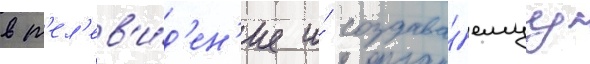
в т'ел'ев'и́д'ен'ие и́ создава́емуу